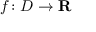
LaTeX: f \colon D \rightarrow \mathbf { R } \quad